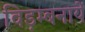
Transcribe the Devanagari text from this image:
विड़म्बनायें